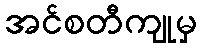
အင်စတီကျုမှ